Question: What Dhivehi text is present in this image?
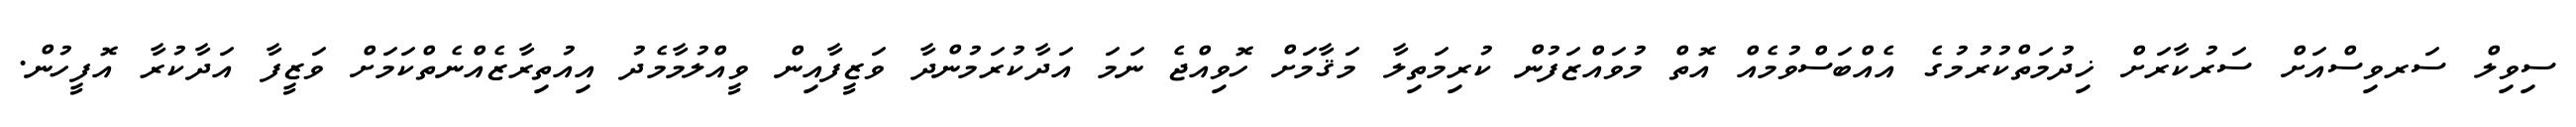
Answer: ސިވިލް ސަރވިސްއަށް ސަރުކާރަށް ޚިދުމަތްކުރުމުގެ އެއްބަސްވުމެއް އޮތް މުވައްޒަފުން ކުރިމަތިލާ މަޤާމަށް ހޮވިއްޖެ ނަމަ އަދާކުރަމުންދާ ވަޒީފާއިން ވީއްލުމާމެދު އިއުތިރާޒެއްނެތްކަމަށް ވަޒީފާ އަދާކުރާ އޮފީހުން.